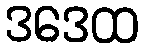
ဒဒေထ